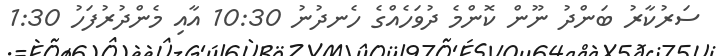
ސަރުކާރު ބަންދު ނޫން ކޮންމެ ދުވަހެއްގެ ހެނދުނު 10:30 އާއި މެންދުރުފަހު 1:30